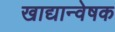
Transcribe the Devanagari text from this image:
खाद्यान्वेषक